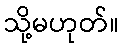
သို့မဟုတ်။